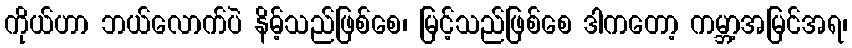
ကိုယ်ဟာ ဘယ်လောက်ပဲ နိမ့်သည်ဖြစ်စေ၊ မြင့်သည်ဖြစ်စေ ဒါကတော့ ကမ္ဘာ့အမြင်အရ၊